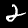
Digit: 2